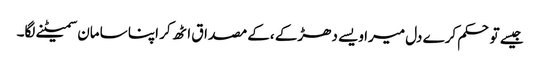
جیسے تو حکم کرے دل میرا ویسے دھڑکے ،کے مصداق اٹھ کر اپنا سامان سمیٹنے لگا۔